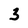
Character: 3